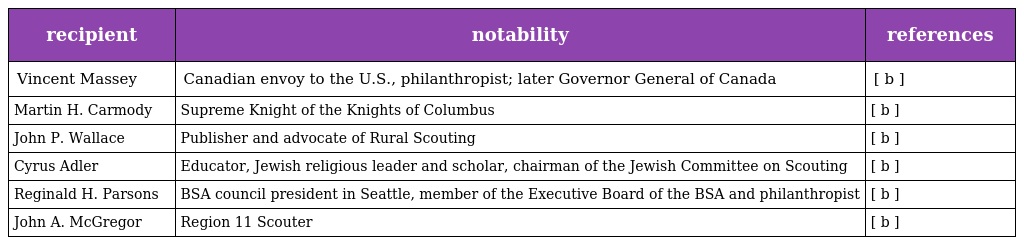
| recipient | notability | references |
 | --- | --- | --- |
 | Vincent Massey | Canadian envoy to the U.S., philanthropist; later Governor General of Canada | [ b ] |
 | Martin H. Carmody | Supreme Knight of the Knights of Columbus | [ b ] |
 | John P. Wallace | Publisher and advocate of Rural Scouting | [ b ] |
 | Cyrus Adler | Educator, Jewish religious leader and scholar, chairman of the Jewish Committee on Scouting | [ b ] |
 | Reginald H. Parsons | BSA council president in Seattle, member of the Executive Board of the BSA and philanthropist | [ b ] |
 | John A. McGregor | Region 11 Scouter | [ b ] |